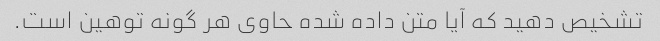
تشخیص دهید که آیا متن داده شده حاوی هر گونه توهین است.